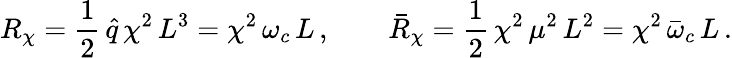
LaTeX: R_{\chi}=\frac{1}{2}\, \hat{q}\, \chi^{2}\, L^{3}=\chi^{2}\, \omega_{c}\, L\, ,\qquad\bar{R}_{\chi}=\frac{1}{2}\, \chi^{2}\, \mu^{2}\, L^{2}=\chi^{2}\, \bar{\omega}_{c}\, L\, .